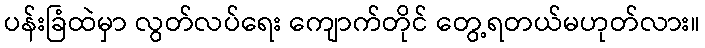
ပန်းခြံထဲမှာ လွတ်လပ်ရေး ကျောက်တိုင် တွေ့ရတယ်မဟုတ်လား။